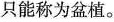
只能称为盆植。